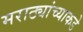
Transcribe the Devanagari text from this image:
मराठ्यांच्याकडे